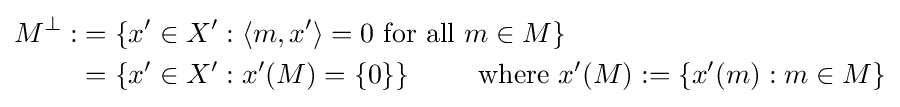
{\begin{alignedat}{4}M^{\bot }:&=\left\{x^{\prime }\in X^{\prime }:\left\langle m,x^{\prime }\right\rangle =0{\text{ for all }}m\in M\right\}\\&=\left\{x^{\prime }\in X^{\prime }:x^{\prime }(M)=\{0\}\right\}\qquad {\text{ where }}x^{\prime }(M):=\left\{x^{\prime }(m):m\in M\right\}\end{alignedat}}